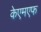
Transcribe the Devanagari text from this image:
केएमएफ